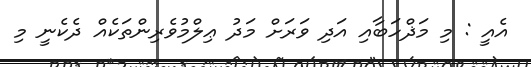
އެއީ : މި މަޛްހަބާއި އަދި ވަރަށް މަދު ޢިލްމުވެރިންތަކެއް ދެކެނީ މި